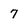
Character: 7